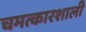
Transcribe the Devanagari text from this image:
चमत्कारशाली